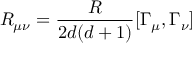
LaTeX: R _ { \mu \nu } = \frac { R } { 2 d ( d + 1 ) } [ \Gamma _ { \mu } , \Gamma _ { \nu } ]